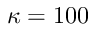
\kappa = 1 0 0